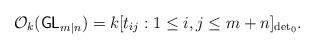
LaTeX: \begin{align*}\mathcal{O}_k(\mathsf{GL}_{m|n})=k[t_{ij}: 1\le i,j\le m+n]_{\det_0}. \end{align*}